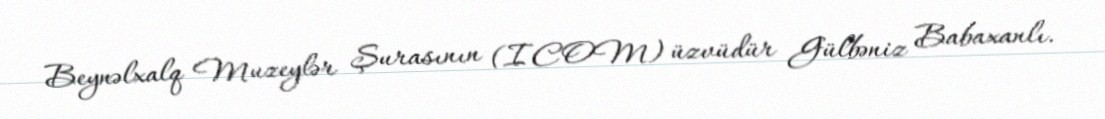
Beynəlxalq Muzeylər Şurasının (ICOM) üzvüdür Gülbəniz Babaxanlı.